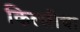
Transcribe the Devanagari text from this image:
किल्लीचा